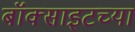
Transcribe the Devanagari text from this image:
बॉक्साइटच्या